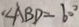
\angle A B D = 6 0 ^ { \circ }